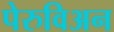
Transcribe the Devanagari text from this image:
पेरुविअन